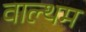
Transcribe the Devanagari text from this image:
वाल्थम